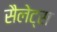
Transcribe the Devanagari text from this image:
सैलेट्स